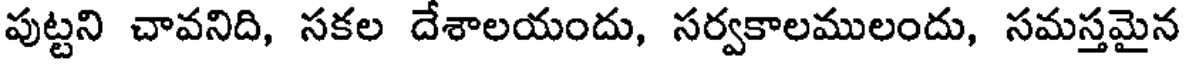
పుట్టని చావనిది, సకల దేశాలయందు, సర్వకాలములందు, సమస్తమైన